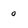
Character: o